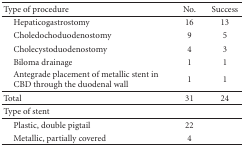
<table><thead><tr><td><b>Type of procedure</b></td><td><b>No.</b></td><td><b>Success</b></td></tr></thead><tbody><tr><td> Hepaticogastrostomy</td><td>16</td><td>13</td></tr><tr><td> Choledochoduodenostomy</td><td>9</td><td>5</td></tr><tr><td> Cholecystoduodenostomy</td><td>4</td><td>3</td></tr><tr><td> Biloma drainage</td><td>1</td><td>1</td></tr><tr><td> Antegrade placement of metallic stent inCBD through the duodenal wall</td><td>1</td><td>1</td></tr><tr><td>Total</td><td>31</td><td>24 </td></tr><tr><td>Type of stent</td><td></td><td></td></tr><tr><td> Plastic, double pigtail</td><td>22</td><td></td></tr><tr><td> Metallic, partially covered</td><td>4</td><td></td></tr></tbody></table>